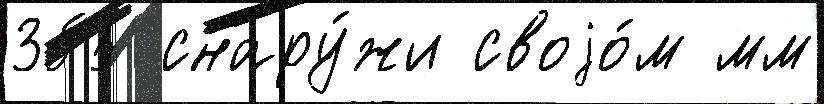
355 снару́жи своjо́м мм